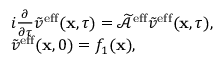
\begin{array} { r l } & { i \frac { \partial } { \partial \tau } \tilde { v } ^ { \mathrm { e f f } } ( \mathbf { x } , \tau ) = \widetilde { \mathcal { A } } ^ { \mathrm { e f f } } \tilde { v } ^ { \mathrm { e f f } } ( \mathbf { x } , \tau ) , } \\ & { \tilde { v } ^ { \mathrm { e f f } } ( \mathbf { x } , 0 ) = f _ { 1 } ( \mathbf { x } ) , } \end{array}